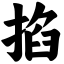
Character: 掐